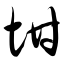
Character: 坩